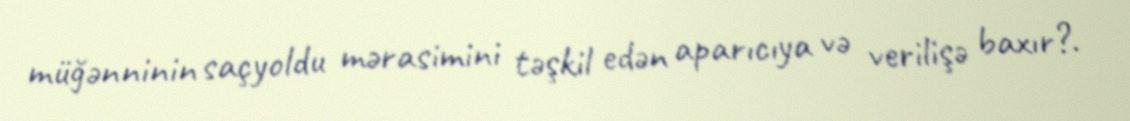
müğənninin saçyoldu mərasimini təşkil edən aparıcıya və verilişə baxır?.